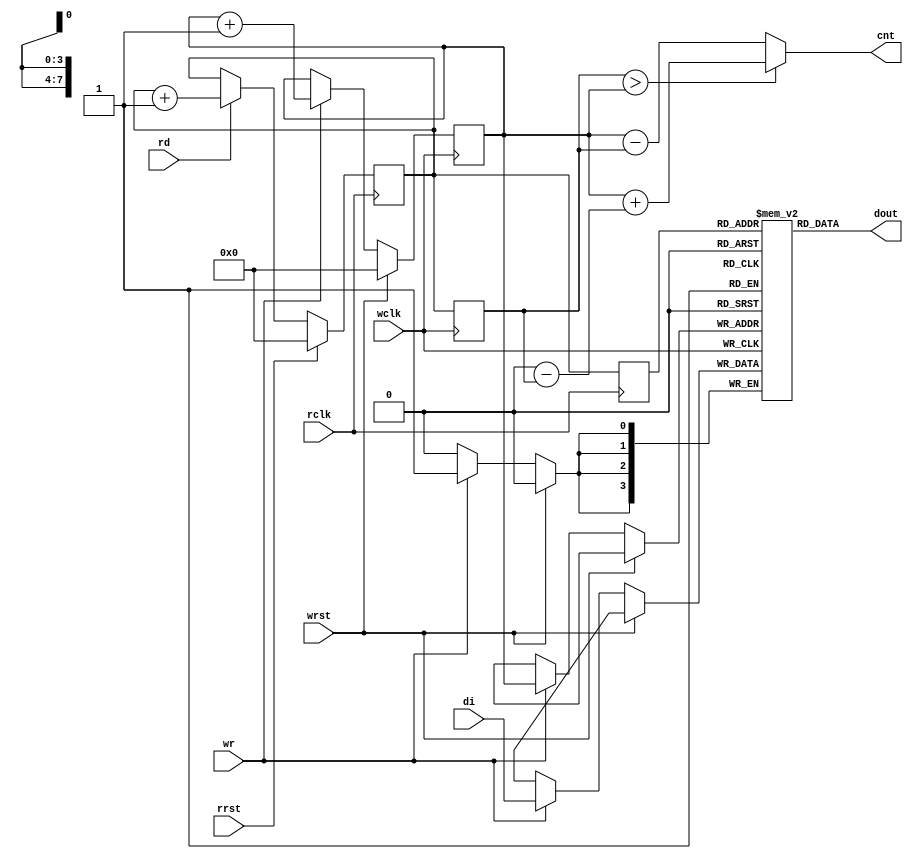
`timescale 1ns / 1ps
// ============================================================================
//        __
//   \\__/ o\    (C) 2008-2015  Robert Finch, Stratford
//    \  __ /    All rights reserved.
//     \/_//     robfinch<remove>@finitron.ca
//       ||
//
//
// This source file is free software: you can redistribute it and/or modify 
// it under the terms of the GNU Lesser General Public License as published 
// by the Free Software Foundation, either version 3 of the License, or     
// (at your option) any later version.                                      
//                                                                          
// This source file is distributed in the hope that it will be useful,      
// but WITHOUT ANY WARRANTY; without even the implied warranty of           
// MERCHANTABILITY or FITNESS FOR A PARTICULAR PURPOSE.  See the            
// GNU General Public License for more details.                             
//                                                                          
// You should have received a copy of the GNU General Public License        
// along with this program.  If not, see <http://www.gnu.org/licenses/>.    
//                                                                          
//
//	Verilog 1995
//
// ============================================================================
//
module mpmcFifo(wrst, wclk, wr, di, rrst, rclk, rd, dout, cnt);
parameter WID=4;
input wrst;
input wclk;
input wr;
input [WID-1:0] di;
input rrst;
input rclk;
input rd;
output [WID-1:0] dout;
output [7:0] cnt;
reg [7:0] cnt;

reg [7:0] wr_ptr;
reg [7:0] rd_ptr,rrd_ptr;
reg [WID-1:0] mem [0:255];

wire [7:0] wr_ptr_p1 = wr_ptr + 8'd1;
wire [7:0] rd_ptr_p1 = rd_ptr + 8'd1;
reg [7:0] rd_ptrs;

always @(posedge wclk)
	if (wrst)
		wr_ptr <= 8'd0;
	else if (wr) begin
		mem[wr_ptr] <= di;
		wr_ptr <= wr_ptr_p1;
	end
always @(posedge wclk)		// synchronize read pointer to wclk domain
	rd_ptrs <= rd_ptr;

always @(posedge rclk)
	if (rrst)
		rd_ptr <= 8'd0;
	else if (rd)
		rd_ptr <= rd_ptr_p1;
always @(posedge rclk)
	rrd_ptr <= rd_ptr;

assign dout = mem[rrd_ptr[7:0]];

always @(wr_ptr or rd_ptrs)
	if (rd_ptrs > wr_ptr)
		cnt <= wr_ptr + (9'd256 - rd_ptrs);
	else
		cnt <= wr_ptr - rd_ptrs;

endmodule